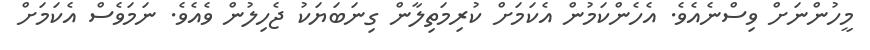
މީހުންނަށް ވިސްނެއެވެ. އެހެންކަމުން އެކަމަށް ކުރިމަތިލާން ގިނަބަޔަކު ޖެހިލުން ވެއެވެ. ނަމަވެސް އެކަމަށް